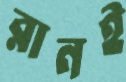
রানই